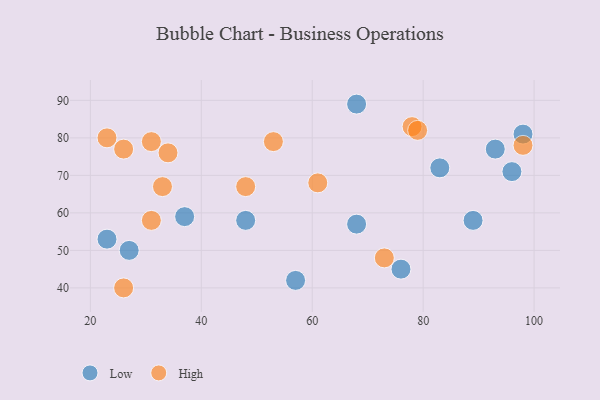
{"axis": {"x": "GDP", "y": "Life Expectancy"}, "legend": ["High", "Low"], "data": [{"x": "57", "y": 42, "type": "Low"}, {"x": "23", "y": 53, "type": "Low"}, {"x": "68", "y": 89, "type": "Low"}, {"x": "27", "y": 50, "type": "Low"}, {"x": "48", "y": 58, "type": "Low"}, {"x": "96", "y": 71, "type": "Low"}, {"x": "37", "y": 59, "type": "Low"}, {"x": "93", "y": 77, "type": "Low"}, {"x": "76", "y": 45, "type": "Low"}, {"x": "68", "y": 57, "type": "Low"}, {"x": "89", "y": 58, "type": "Low"}, {"x": "98", "y": 81, "type": "Low"}, {"x": "83", "y": 72, "type": "Low"}, {"x": "34", "y": 76, "type": "High"}, {"x": "61", "y": 68, "type": "High"}, {"x": "26", "y": 77, "type": "High"}, {"x": "48", "y": 67, "type": "High"}, {"x": "53", "y": 79, "type": "High"}, {"x": "78", "y": 83, "type": "High"}, {"x": "23", "y": 80, "type": "High"}, {"x": "79", "y": 82, "type": "High"}, {"x": "31", "y": 79, "type": "High"}, {"x": "73", "y": 48, "type": "High"}, {"x": "98", "y": 78, "type": "High"}, {"x": "33", "y": 67, "type": "High"}, {"x": "31", "y": 58, "type": "High"}, {"x": "26", "y": 40, "type": "High"}]}